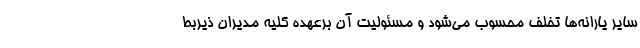
سایر یارانه‌ها تخلف محسوب می‌شود و مسئولیت آن برعهده کلیه مدیران ذیربط